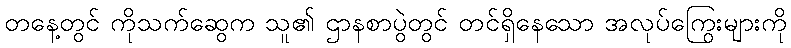
တနေ့တွင် ကိုသက်ဆွေက သူ၏ ဌာနစာပွဲတွင် တင်ရှိနေသော အလုပ်ကြွေးများကို